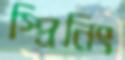
স্প্রিনিং